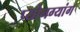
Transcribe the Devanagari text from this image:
प्योनग्यांग